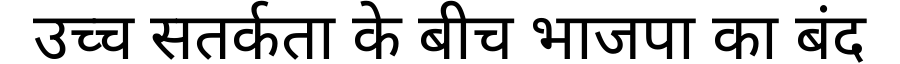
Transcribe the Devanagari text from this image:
उच्च सतर्कता के बीच भाजपा का बंद